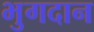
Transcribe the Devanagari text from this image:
भुगदान